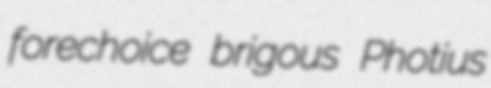
forechoice brigous Photius